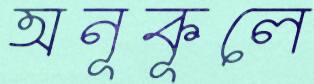
অনূকূলে